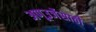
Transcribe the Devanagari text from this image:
अणूउर्जेसाठी